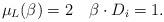
LaTeX: \begin{align*} \mu_L(\beta)=2 \quad\beta\cdot D_i = 1. \end{align*}